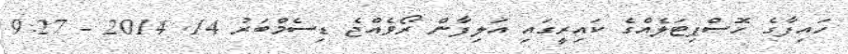
ހައިފާގެ ހޮސްޕިޓަލެއްގެ ކައިރީގައި އަލިފާން ރޯވެއްޖެ ޑިސެމްބަރު 14